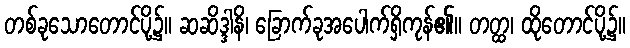
တစ်ခုသောတောင်ပို့၌။ ဆဆိဒ္ဒါနိ၊ ခြောက်ခုအပေါက်ရှိကုန်၏။ တတ္ထ၊ ထိုတောင်ပို့၌။